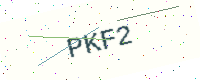
Text: PKF2